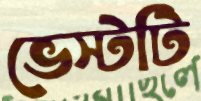
ভেস্টটি